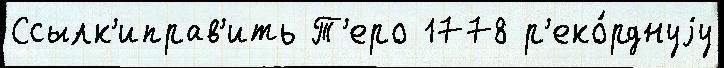
Ссылк'иправ'ить Т'еро 1778 р'еко́рднуjу